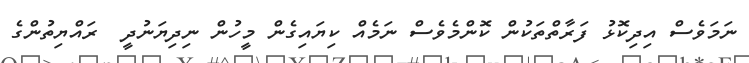
ނަމަވެސް އިދިކޮޅު ފަރާތްތަކުން ކޮންމެވެސް ނަމެއް ކިޔައިގެން މީހުން ނިދިޔަނުދީ  ރައްޔިތުންގެ